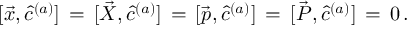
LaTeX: [ \vec { x } , \hat { c } ^ { ( a ) } ] \, = \, [ \vec { X } , \hat { c } ^ { ( a ) } ] \, = \, [ \vec { p } , \hat { c } ^ { ( a ) } ] \, = \, [ \vec { P } , \hat { c } ^ { ( a ) } ] \, = \, 0 \, .